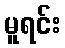
မူရင်း